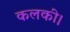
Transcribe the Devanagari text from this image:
कलकी।